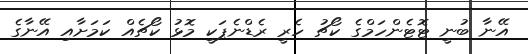
އޭނާ ބުނީ ޓޮޓެންހަމްގެ ކޯޗު ހެރީ ރެޑްނެޕަކީ މޮޅު ކޯޗެއް ކަމަށާއި އޭނާގެ